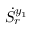
\dot { S } _ { r } ^ { y _ { 1 } }